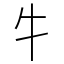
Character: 牜